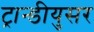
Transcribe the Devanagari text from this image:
ट्रान्डीयुसर